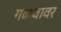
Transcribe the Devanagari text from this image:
गळवावर